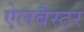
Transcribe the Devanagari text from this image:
ऐलबैस्टर